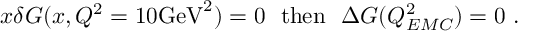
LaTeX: x \delta G ( x , Q ^ { 2 } = 1 0 \mathrm { G e V } ^ { 2 } ) = 0 ~ ~ \mathrm { t h e n } ~ ~ \Delta G ( Q _ { E M C } ^ { 2 } ) = 0 ~ .